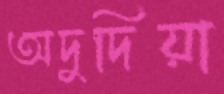
অদুদিয়া